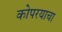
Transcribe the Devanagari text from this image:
कोपरयाचा